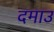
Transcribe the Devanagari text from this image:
दमाउ